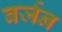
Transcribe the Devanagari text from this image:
बर्जन